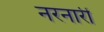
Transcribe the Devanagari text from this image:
नरनारीं